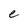
Character: e